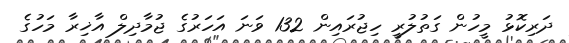
ދަރިކޮޅު މީހުން ގަތުލުރީ ހިޖުރައިން 132 ވަނަ އަހަރުގެ ޖުމާދިލް އާޚިރާ މަހުގެ